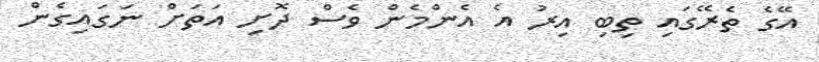
އޭގެ ތެރޭގައި ތިބި އިރު އެ އެންމެން ވެސް ދޮށި އަތަށް ނަގައިގެން